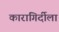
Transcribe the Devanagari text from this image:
कारागिर्दीला